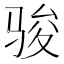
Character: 骏